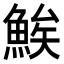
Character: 𬵖